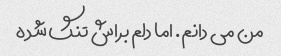
من می دانم. اما دلم براش تنگ شده